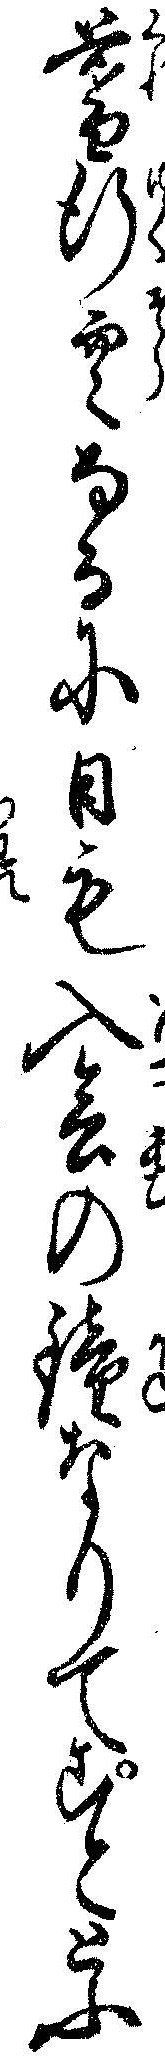
暮行空なるに日も入会の鐘なりてこととふ